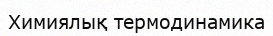
Химиялық термодинамика